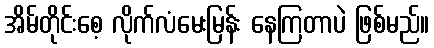
အိမ်တိုင်းစေ့ လိုက်လံမေးမြန်း နေကြတာပဲ ဖြစ်မည်။